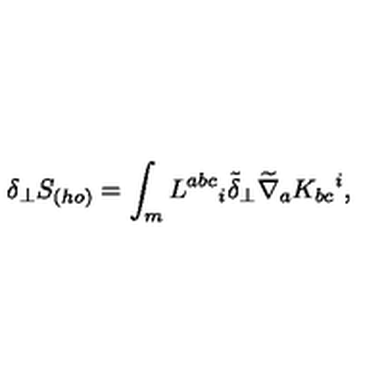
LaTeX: \delta _ { \perp } S _ { ( h o ) } = \int _ { m } L ^ { a b c } { } _ { i } \tilde { \delta } _ { \perp } \widetilde \nabla _ { a } K _ { b c } { } ^ { i } ,